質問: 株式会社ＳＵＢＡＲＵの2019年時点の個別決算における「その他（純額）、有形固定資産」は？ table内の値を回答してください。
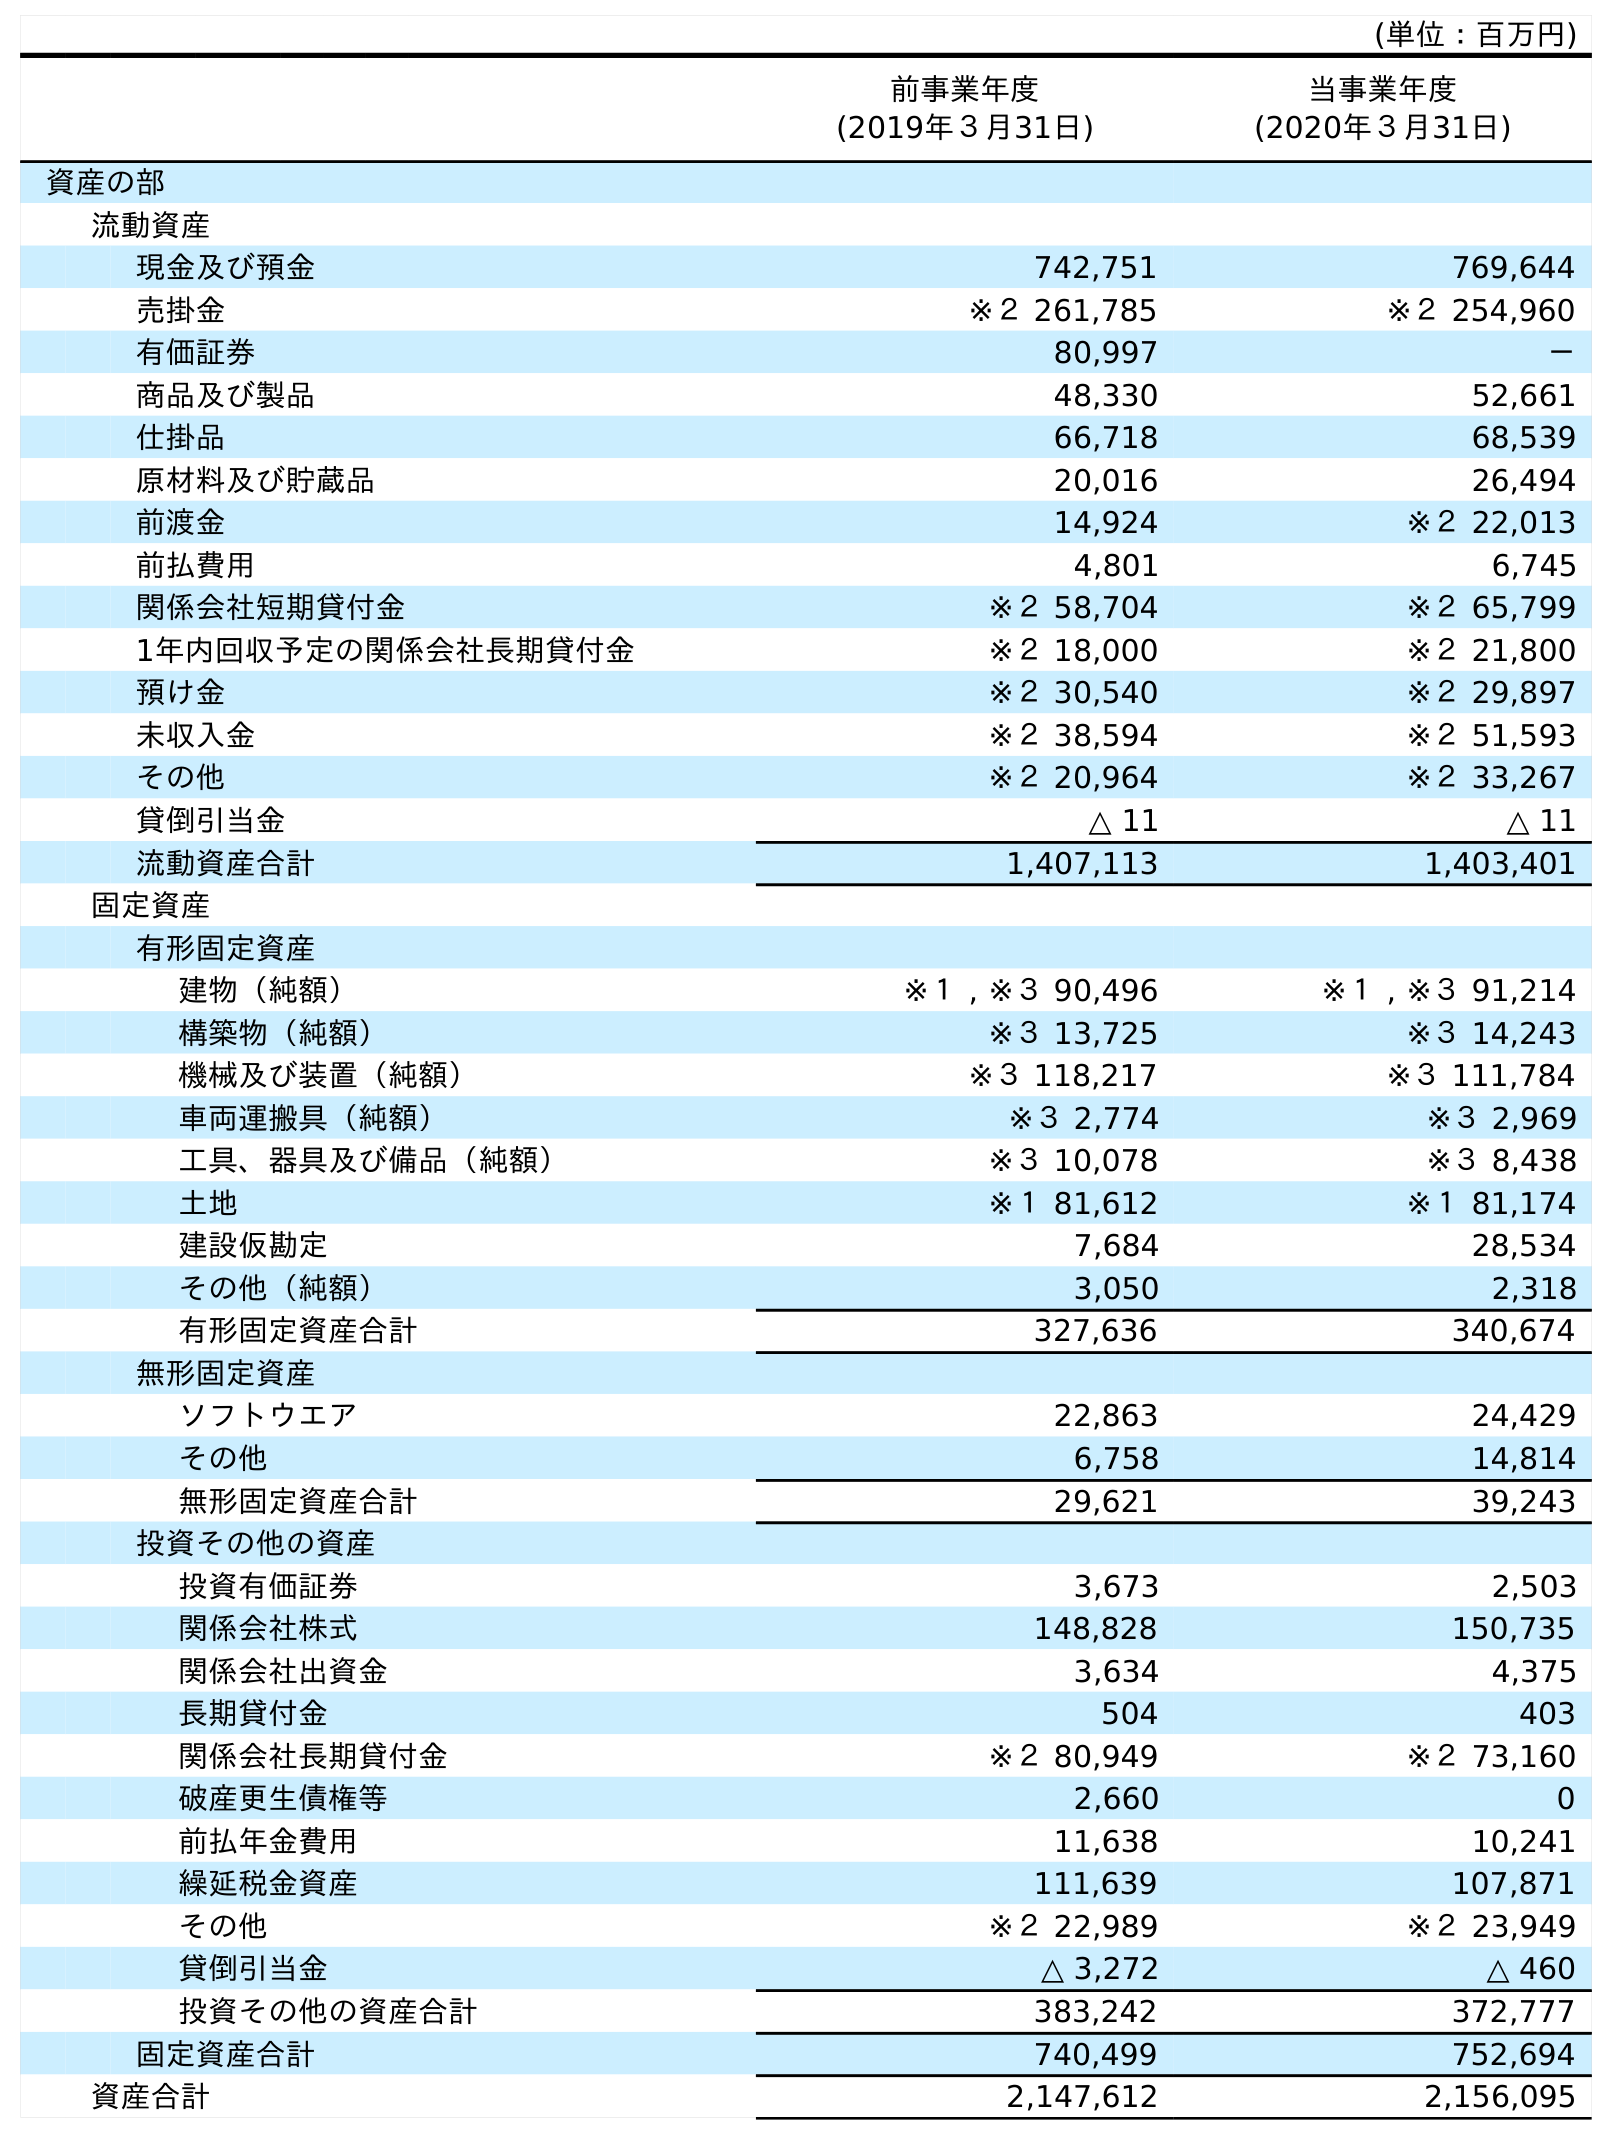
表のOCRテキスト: (単位：百万円) 前事業年度 (2019年３月31日) 当事業年度 (2020年３月31日) 資産の部 流動資産 現金及び預金 742,751 769,644 売掛金 ※２ 261,785 ※２ 254,960 有価証券 80,997 － 商品及び製品 48,330 52,661 仕掛品 66,718 68,539 原材料及び貯蔵品 20,016 26,494 前渡金 14,924 ※２ 22,013 前払費用 4,801 6,745 関係会社短期貸付金 ※２ 58,704 ※２ 65,799 1年内回収予定の関係会社長期貸付金 ※２ 18,000 ※２ 21,800 預け金 ※２ 30,540 ※２ 29,897 未収入金 ※２ 38,594 ※２ 51,593 その他 ※２ 20,964 ※２ 33,267 貸倒引当金 △ 11 △ 11 流動資産合計 1,407,113 1,403,401 固定資産 有形固定資産 建物（純額） ※１ , ※３ 90,496 ※１ , ※３ 91,214 構築物（純額） ※３ 13,725 ※３ 14,243 機械及び装置（純額） ※３ 118,217 ※３ 111,784 車両運搬具（純額） ※３ 2,774 ※３ 2,969 工具、器具及び備品（純額） ※３ 10,078 ※３ 8,438 土地 ※１ 81,612 ※１ 81,174 建設仮勘定 7,684 28,534 その他（純額） 3,050 2,318 有形固定資産合計 327,636 340,674 無形固定資産 ソフトウエア 22,863 24,429 その他 6,758 14,814 無形固定資産合計 29,621 39,243 投資その他の資産 投資有価証券 3,673 2,503 関係会社株式 148,828 150,735 関係会社出資金 3,634 4,375 長期貸付金 504 403 関係会社長期貸付金 ※２ 80,949 ※２ 73,160 破産更生債権等 2,660 0 前払年金費用 11,638 10,241 繰延税金資産 111,639 107,871 その他 ※２ 22,989 ※２ 23,949 貸倒引当金 △ 3,272 △ 460 投資その他の資産合計 383,242 372,777 固定資産合計 740,499 752,694 資産合計 2,147,612 2,156,095
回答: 3,050